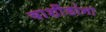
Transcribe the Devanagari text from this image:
वाशींडांना